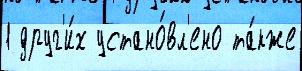
1 друг'и́х устано́вл'ено та́кже